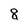
Character: 8